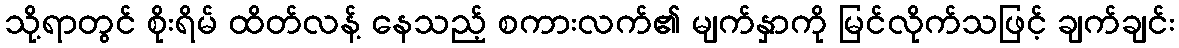
သို့ရာတွင် စိုးရိမ် ထိတ်လန့် နေသည့် စကားလက်၏ မျက်နှာကို မြင်လိုက်သဖြင့် ချက်ချင်း